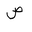
Letter: _sad